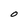
Character: o